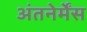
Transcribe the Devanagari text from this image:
अंतनेर्मेंस